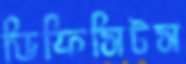
ডিফিসিটস